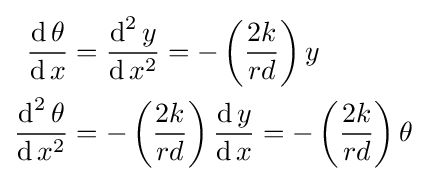
{\begin{aligned}{\frac {\operatorname {d} \theta }{\operatorname {d} x}}&={\frac {\operatorname {d} ^{2}y}{\operatorname {d} x^{2}}}=-\left({\frac {2k}{rd}}\right)y\\{\frac {\operatorname {d} ^{2}\theta }{\operatorname {d} x^{2}}}&=-\left({\frac {2k}{rd}}\right){\frac {\operatorname {d} y}{\operatorname {d} x}}=-\left({\frac {2k}{rd}}\right)\theta \end{aligned}}